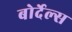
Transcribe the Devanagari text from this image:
बोर्देल्स